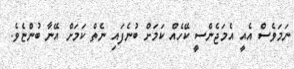
ނަމަވެސް އެއީ އެމަޖެންސީ ކޭހެއް ކަމަށް ބުނެފައި ނެތް ކަމަށް އޭނާ ބުންޏެވެ.